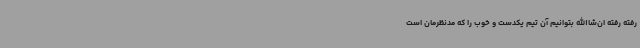
رفته رفته ان‌شاالله بتوانیم آن تیم یکدست و خوب را که مدنظرمان است